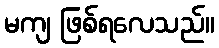
မကျ ဖြစ်ရလေသည်။